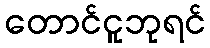
တောင်ငူဘုရင်